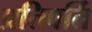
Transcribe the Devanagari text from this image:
प्रतिवर्ति